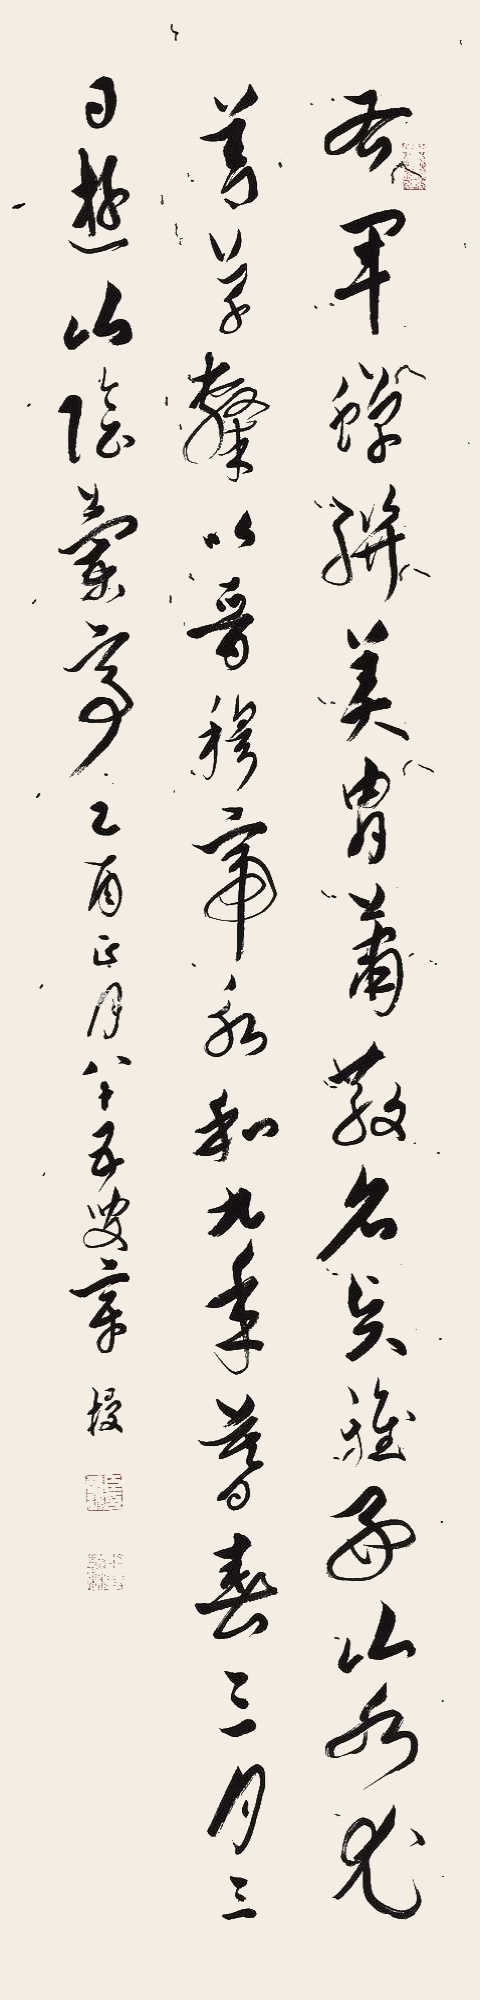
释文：右军蝉联美胄，萧散名贤，雅好山水，尤善草隶。以晋穆帝永和九年暮春三月三日，游山阴兰亭。乙酉正月，八十五叟章梫。